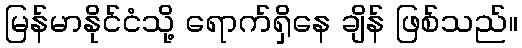
မြန်မာနိုင်ငံသို့ ရောက်ရှိနေ ချိန် ဖြစ်သည်။